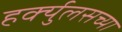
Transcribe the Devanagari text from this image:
हर्क्युलसच्या